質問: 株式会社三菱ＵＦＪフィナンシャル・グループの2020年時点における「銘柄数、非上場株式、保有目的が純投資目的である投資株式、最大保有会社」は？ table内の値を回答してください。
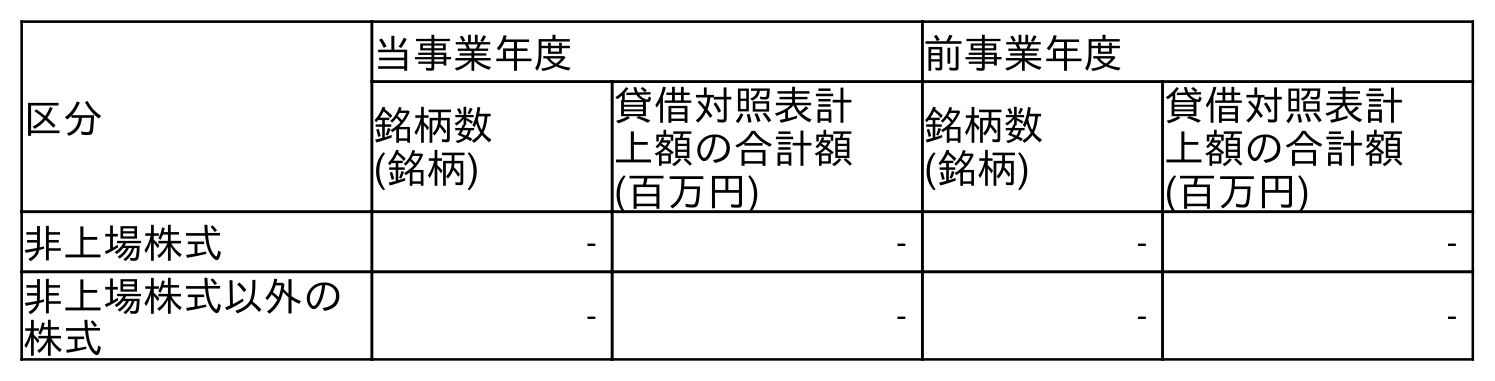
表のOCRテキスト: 区分 当事業年度 前事業年度 銘柄数 (銘柄) 貸借対照表計 上額の合計額 (百万円) 銘柄数 (銘柄) 貸借対照表計 上額の合計額 (百万円) 非上場株式 - - - - 非上場株式以外の 株式 - - - -
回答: -